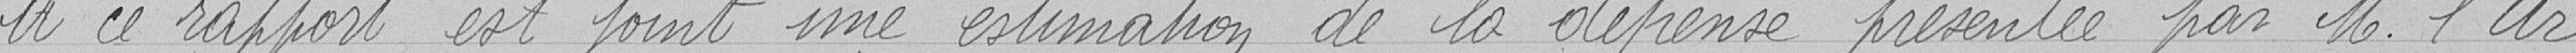
De ce rapport est joint une estimation de la dépense présentée par Monsieur l'Ar